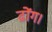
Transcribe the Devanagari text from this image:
ढोंग।